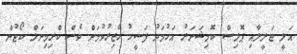
އަލީ ޖަލީލާއި ޕޮލިސް ކޮމިޝަނަރު އަހުމަދު ފަސީހު ހާޒިރުވުމަށް ވެސް ކްރިމިނަލް ކޯޓުން